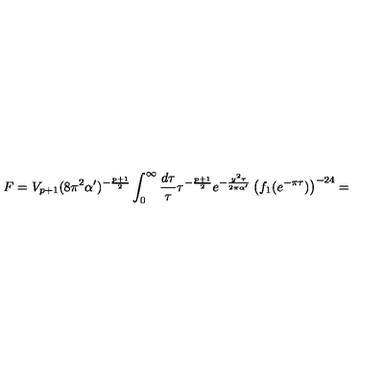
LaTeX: F = V _ { p + 1 } ( 8 \pi ^ { 2 } \alpha ^ { \prime } ) ^ { - \frac { p + 1 } { 2 } } \int _ { 0 } ^ { \infty } \frac { d \tau } { \tau } \tau ^ { - \frac { p + 1 } { 2 } } e ^ { - \frac { y ^ { 2 } \tau } { 2 \pi \alpha ^ { \prime } } } \left( f _ { 1 } ( e ^ { - \pi \tau } ) \right) ^ { - 2 4 } =